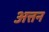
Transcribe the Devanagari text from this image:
अत्तन